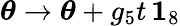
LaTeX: \boldsymbol{\theta}\rightarrow\boldsymbol{\theta}+g_{5}t\, \boldsymbol{1}_{8}